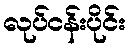
လုပ်ငန်းပိုင်း